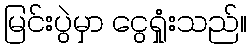
မြင်းပွဲမှာ ငွေရှုံးသည်။